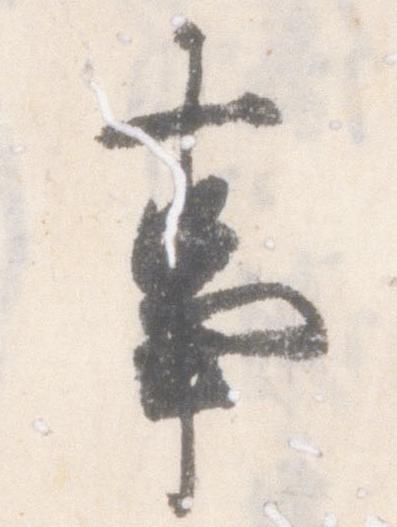
事